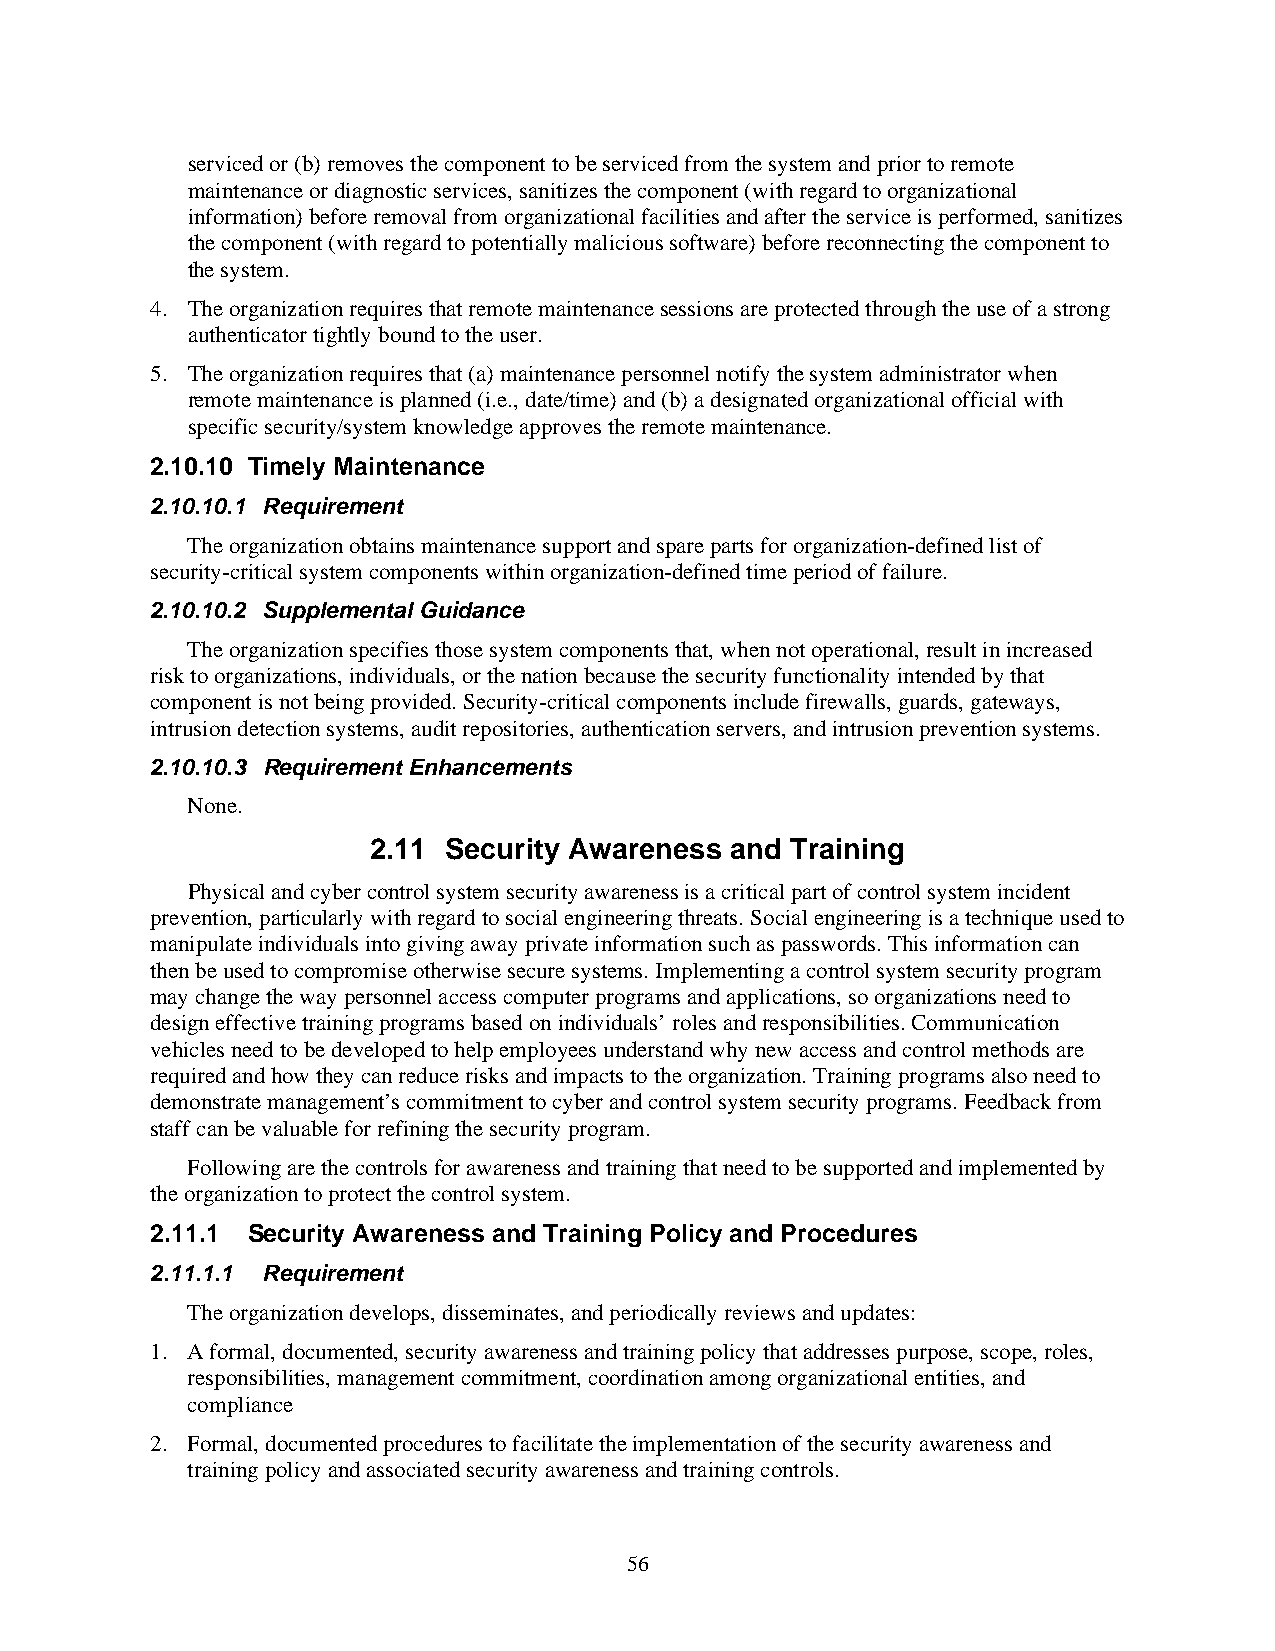
serviced or (b) removes the component to be serviced from the system and prior to remote
 maintenance or diagnostic services, sanitizes the component (with regard to organizational
 information) before removal from organizational facilities and after the service is performed, sanitizes
 the component (with regard to potentially malicious software) before reconnecting the component to
 the system.
 4. The organization requires that remote maintenance sessions are protected through the use of a strong
 authenticator tightly bound to the user.
 5. The organization requires that (a) maintenance personnel notify the system administrator when
 remote maintenance is planned (i.e., date/time) and (b) a designated organizational official with
 specific security/system knowledge approves the remote maintenance.
 2.10.10 Timely Maintenance
 2.10.10.1 Requirement
 The organization obtains maintenance support and spare parts for organization-defined list of
 security-critical system components within organization-defined time period of failure.
 2.10.10.2 Supplemental Guidance
 The organization specifies those system components that, when not operational, result in increased
 risk to organizations, individuals, or the nation because the security functionality intended by that
 component is not being provided. Security-critical components include firewalls, guards, gateways,
 intrusion detection systems, audit repositories, authentication servers, and intrusion prevention systems.
 2.10.10.3 Requirement Enhancements
 None.
 2.11 Security Awareness and Training
 Physical and cyber control system security awareness is a critical part of control system incident
 prevention, particularly with regard to social engineering threats. Social engineering is a technique used to
 manipulate individuals into giving away private information such as passwords. This information can
 then be used to compromise otherwise secure systems. Implementing a control system security program
 may change the way personnel access computer programs and applications, so organizations need to
 design effective training programs based on individuals’ roles and responsibilities. Communication
 vehicles need to be developed to help employees understand why new access and control methods are
 required and how they can reduce risks and impacts to the organization. Training programs also need to
 demonstrate management’s commitment to cyber and control system security programs. Feedback from
 staff can be valuable for refining the security program.
 Following are the controls for awareness and training that need to be supported and implemented by
 the organization to protect the control system.
 2.11.1 Security Awareness and Training Policy and Procedures
 2.11.1.1 Requirement
 The organization develops, disseminates, and periodically reviews and updates:
 1. A formal, documented, security awareness and training policy that addresses purpose, scope, roles,
 responsibilities, management commitment, coordination among organizational entities, and
 compliance
 2. Formal, documented procedures to facilitate the implementation of the security awareness and
 training policy and associated security awareness and training controls.
 56